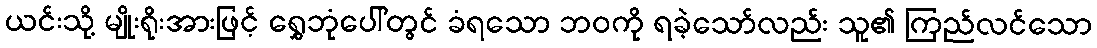
ယင်းသို့ မျိုးရိုးအားဖြင့် ရွှေဘုံပေါ်တွင် ခံရသော ဘဝကို ရခဲ့သော်လည်း သူ၏ ကြည်လင်သော